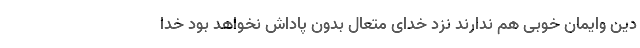
دین وایمان خوبی هم ندارند نزد خدای متعال بدون پاداش نخواهد بود خدا